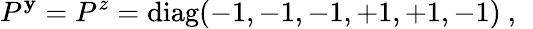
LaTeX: P^{\mathbf{y}}=P^{z}=\mathrm{{diag}}(-1,-1,-1,+1,+1,-1)~,~\,